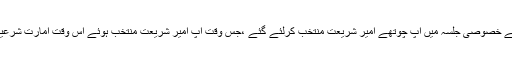
چنانچہ اس قول فیصل کے بعد حضرت مولانا نے اپنی آمادگی کا اظہار فرمایا اور انتخاب امیر کے خصوصی جلسہ میں آپ چوتھے امیر شریعت منتخب کرلئے گئے ،جس وقت آپ امیر شریعت منتخب ہوئے اس وقت امارت شرعیہ کے کیا حالات تھے حضرت مولانا قاضی مجاہدالاسلام قاسمی رحمۃ اللہ علیہ کی زبانی سنئے ۔